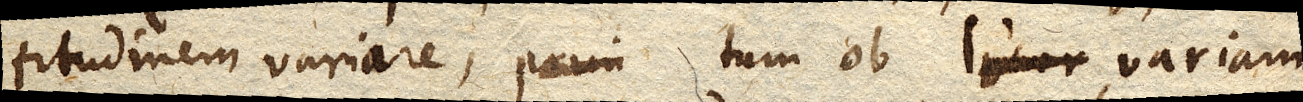
titudinem variare, tum ob variam